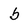
Character: b